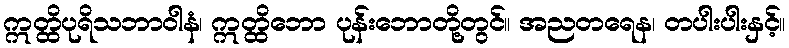
ဣတ္ထိပုရိသဘာဝါနံ၊ ဣတ္ထိဘော ပုန်းဘောတို့တွင်။ အညတရေန၊ တပါးပါးနှင့်။